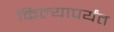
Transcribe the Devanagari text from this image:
किल्यापर्यंत